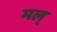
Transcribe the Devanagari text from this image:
मल्